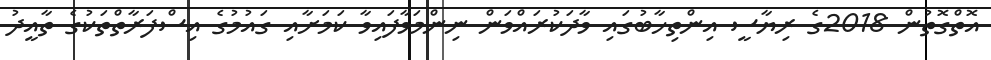
އޮތްގޮތުން 2018ގެ ރިޔާސީ އިންތިހާބުގައި ވާދަކުރައްވަން ނިންމަވާފައިވާ ކަމަށާއި ގައުމުގެ އިސްފަރާތްތަކުގެ ތާއީދު